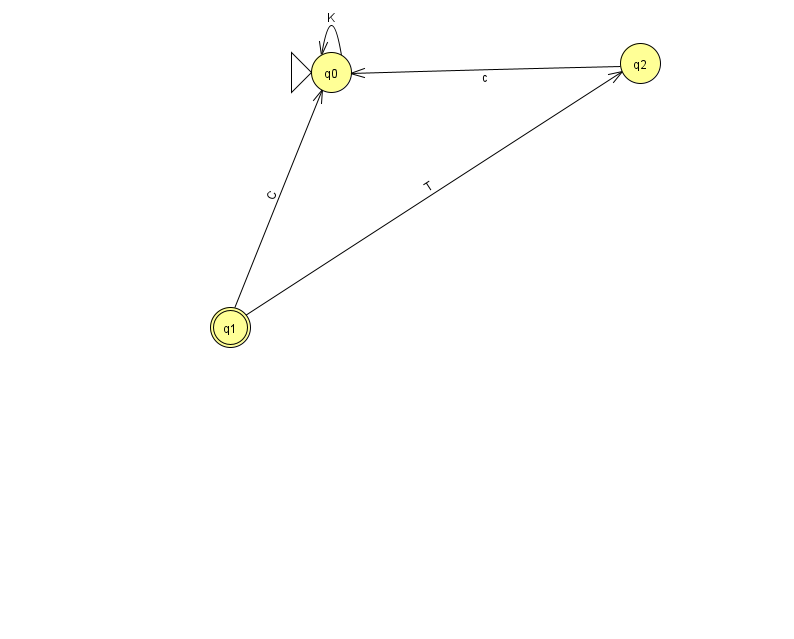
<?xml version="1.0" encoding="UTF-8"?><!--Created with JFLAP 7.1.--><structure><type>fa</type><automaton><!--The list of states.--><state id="0" name="q0"><x>331.0</x><y>59.0</y><initial/></state><state id="1" name="q1"><x>230.0</x><y>314.0</y><final/></state><state id="2" name="q2"><x>640.0</x><y>50.0</y></state><!--The list of transitions.--><transition><from>1</from><to>2</to><read>T</read></transition><transition><from>1</from><to>0</to><read>C</read></transition><transition><from>0</from><to>0</to><read>K</read></transition><transition><from>2</from><to>0</to><read>c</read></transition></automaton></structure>